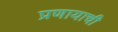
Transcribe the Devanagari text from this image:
प्रणायाची